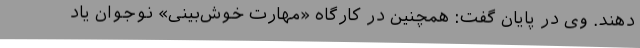
دهند. وی در پایان گفت: همچنین در کارگاه «مهارت خوش‌بینی» نوجوان یاد